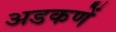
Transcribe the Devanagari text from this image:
अडकणें